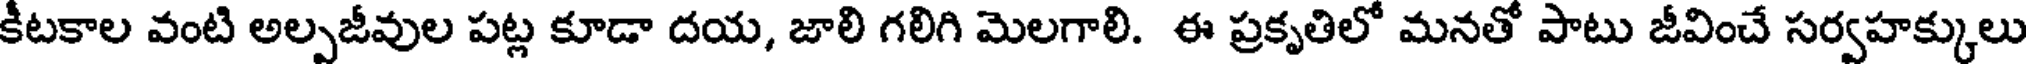
కీటకాల వంటి అల్పజీవుల పట్ల కూడా దయ, జాలి గలిగి మెలగాలి. ఈ ప్రకృతిలో మనతో పాటు జీవించే సర్వహక్కులు